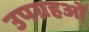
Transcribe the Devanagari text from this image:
उपग्रहओं